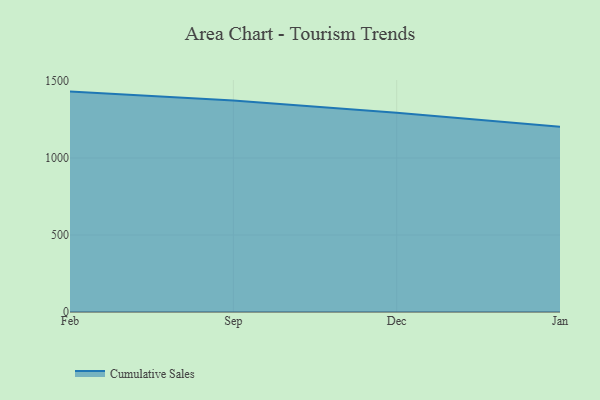
{"axis": {"x": "Month", "y": "Energy Usage (MWh)"}, "legend": ["Cumulative Sales"], "data": [{"x": "Feb", "y": 1431.1, "type": "Cumulative Sales"}, {"x": "Sep", "y": 1372.9, "type": "Cumulative Sales"}, {"x": "Dec", "y": 1293.2, "type": "Cumulative Sales"}, {"x": "Jan", "y": 1202.4, "type": "Cumulative Sales"}]}